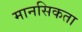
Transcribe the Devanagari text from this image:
मानसिकता